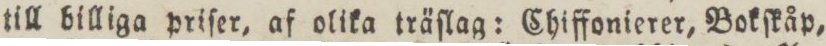
till billiga priſer, af olika träſlag: Chiffonierer, Bokſkåp,